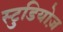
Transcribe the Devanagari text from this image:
स्टुडियोज़